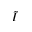
\tilde { I }